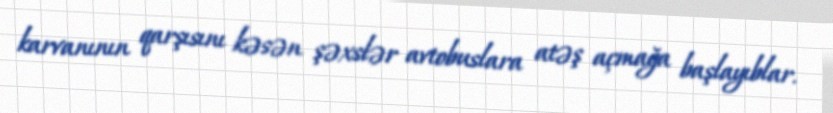
karvanının qarşısını kəsən şəxslər avtobuslara atəş açmağa başlayıblar.